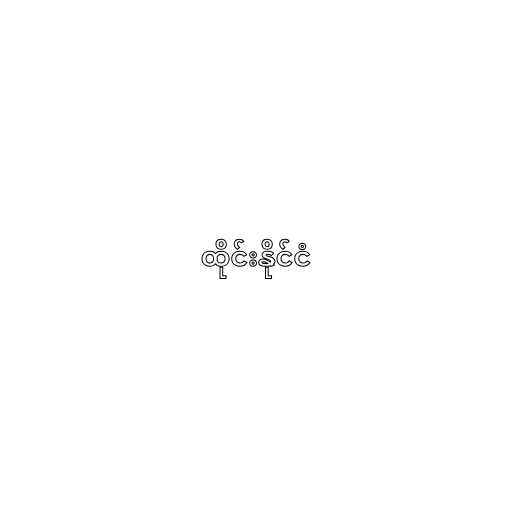
ထိုင်းနိုင်ငံ